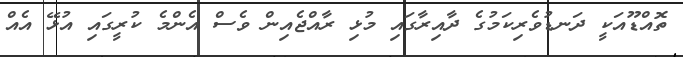
ތޮއްޑޫއަކީ ދަނޑުވެރިކަމުގެ ދާއިރާގައި މުޅި ރާއްޖެއިން ވެސް އެންމެ ކުރީގައި އުޅޭ އެއް